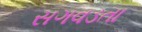
સગવડતા